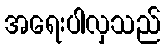
အရေးပါလှသည်